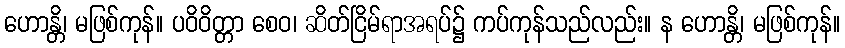
ဟောန္တိ၊ မဖြစ်ကုန်။ ပဝိဝိတ္တာ စေဝ၊ ဆိတ်ငြိမ်ရာအရပ်၌ ကပ်ကုန်သည်လည်း။ န ဟောန္တိ၊ မဖြစ်ကုန်။